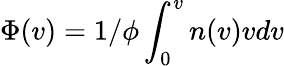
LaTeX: \Phi(v)=1/\phi\int_{0}^{v}n(v)vdv